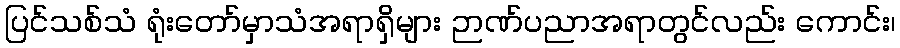
ပြင်သစ်သံ ရုံးတော်မှာသံအရာရှိများ ဉာဏ်ပညာအရာတွင်လည်း ကောင်း၊